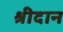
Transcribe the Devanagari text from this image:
श्रीदान